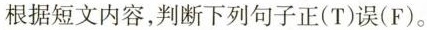
根据短文内容，判断下列句子正(T)误(F)。